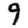
Digit: 9